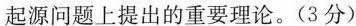
起源问题上提出的重要理论。(3分)